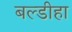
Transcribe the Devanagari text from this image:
बल्डीहा